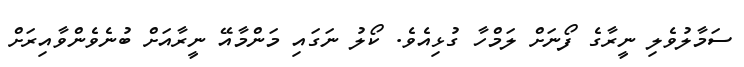
ސަމާލުވެލި ނީރާގެ ފޯނަށް ލަމްހާ ގުޅިއެވެ. ކޯލު ނަގައި މަންމާއޭ ނީރާއަށް ބުނެވެންވާއިރަށް